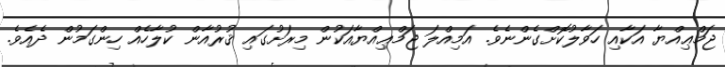
ޖަމްޢިއްޔާ އަކާއި ހަވާލުކޮށްގެންނެވެ. އަމިއްލަ ޖަމްޢިއްޔާއަކުން މިރަށުގައި ޤުރުއާން ކުލާހެއް ހިންގަމުން ދެއެވެ.